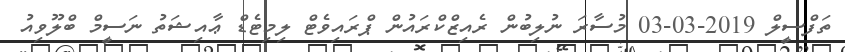
ތަފްސީލް 2019-03-03 މުސާރަ ނުލިބުން ރެއިޒްކްރައުން ޕްރައިވެޓް ލިމިޓެޑް ޢާއިޝަތު ނަސީމް ބްލޫވިއު